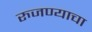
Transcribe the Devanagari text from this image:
रुजण्याचा